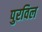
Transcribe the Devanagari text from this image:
पुरविल